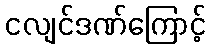
ငလျင်ဒဏ်ကြောင့်